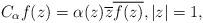
LaTeX: \begin{align*}C_{\alpha}f(z)=\alpha(z)\overline{z}\overline{f(z)},|z|=1,\end{align*}